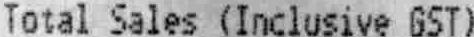
TOTAL SALES (INCLUSIVE GST)